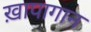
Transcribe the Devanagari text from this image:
ख़ापागान